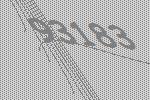
93183